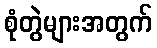
စုံတွဲများအတွက်